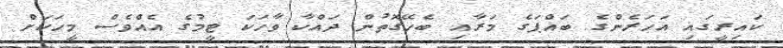
ކައިރީގައި އަހަރެންގެ ބައްޕަގެ މަރާއި ބެހޭގޮތުން ދައްކާ ވާހަކަ ޓީމުގެ އެއްވެސް މީހަކަށް